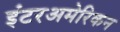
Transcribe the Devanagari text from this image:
इंटरअमेरिकन